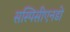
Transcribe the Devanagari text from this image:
सस्पिसीएनडो